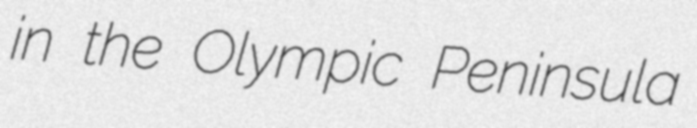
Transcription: in the Olympic Peninsula